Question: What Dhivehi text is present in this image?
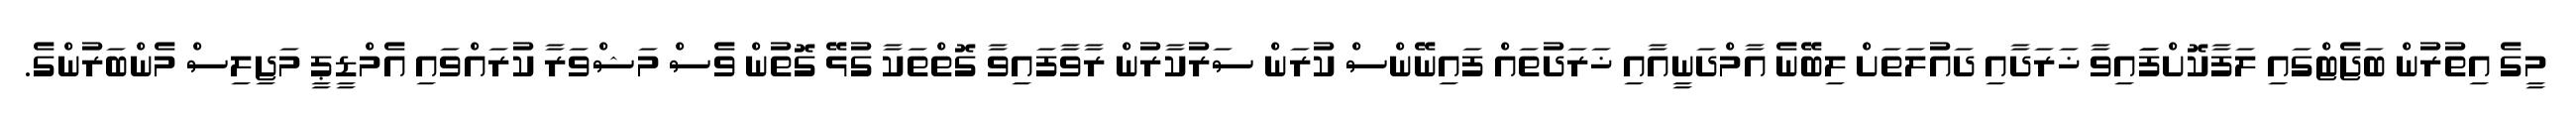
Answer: މީގެ އިތުރުން ބަޖެޓްގައި ލަފާކޮށްފަައިވާ ޚަރަދާއި ދައުލަތަށް ލިބޭނެ އާމްދަނީއާއި ޚަރަދުތައް ފައިނޭންސް ކުރަން ސަރުކާރުން ރާވާފައިވާ ގޮތްތަކާ ގުޅޭ ގޮތުން ވެސް މަޝްވަރާ ކުރައްވައި އެމްޑީޕީ މަޖިލިސް މެންބަރުންގެ.